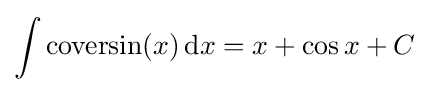
\int \mathrm {coversin} (x)\,\mathrm {d} x=x+\cos {x}+C